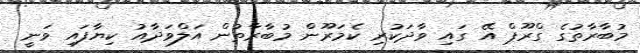
މުބާރާތުގެ ގްރޫޕް އޭ ގައި ވާދަކުރި ކެމަރޫން މުބާރާތުން އަލްވަދާއު ކިޔާފައި ވަނީ